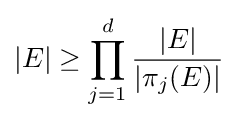
|E|\geq \prod _{j=1}^{d}{\frac {|E|}{|\pi _{j}(E)|}}